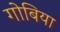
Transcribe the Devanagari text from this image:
गोबिया